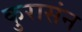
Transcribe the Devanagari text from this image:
कुरासंन